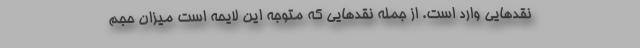
نقدهایی وارد است. از جمله نقدهایی که متوجه این لایحه است میزان حجم